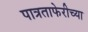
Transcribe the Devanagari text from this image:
पात्रताफेरीच्या